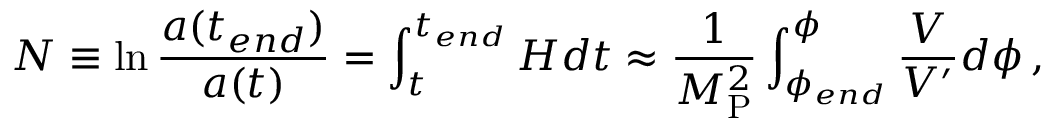
N \equiv \ln \frac { a ( t _ { e n d } ) } { a ( t ) } = \int _ { t } ^ { t _ { e n d } } H d t \approx \frac { 1 } { M _ { \mathrm { P } } ^ { 2 } } \int _ { \phi _ { e n d } } ^ { \phi } \frac { V } { V ^ { \prime } } d \phi \, ,